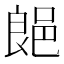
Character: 郒